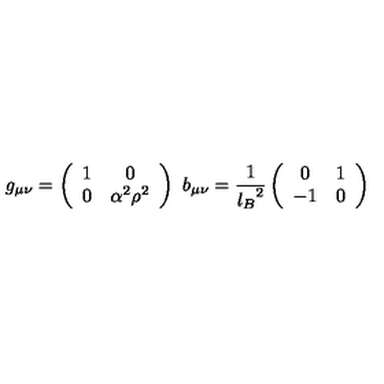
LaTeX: g _ { \mu \nu } = \left( \begin{array} { c c } { 1 } & { 0 } \\ { 0 } & { \alpha ^ { 2 } \rho ^ { 2 } } \\ \end{array} \right) \ b _ { \mu \nu } = { \frac { 1 } { { l _ { B } } ^ { 2 } } } \left( \begin{array} { c c } { 0 } & { 1 } \\ { - 1 } & { 0 } \\ \end{array} \right)